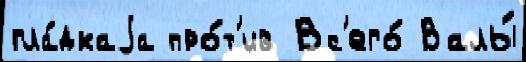
гла́дкаjа про́т'ив Вс'его́ Валы́